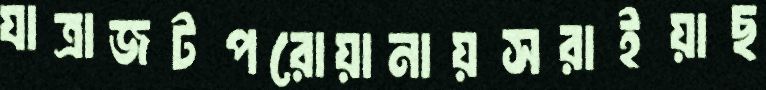
যাত্রাজটপরোয়ানায়সরাইয়াছ